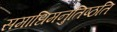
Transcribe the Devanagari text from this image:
समाधिमनुतिष्ठति